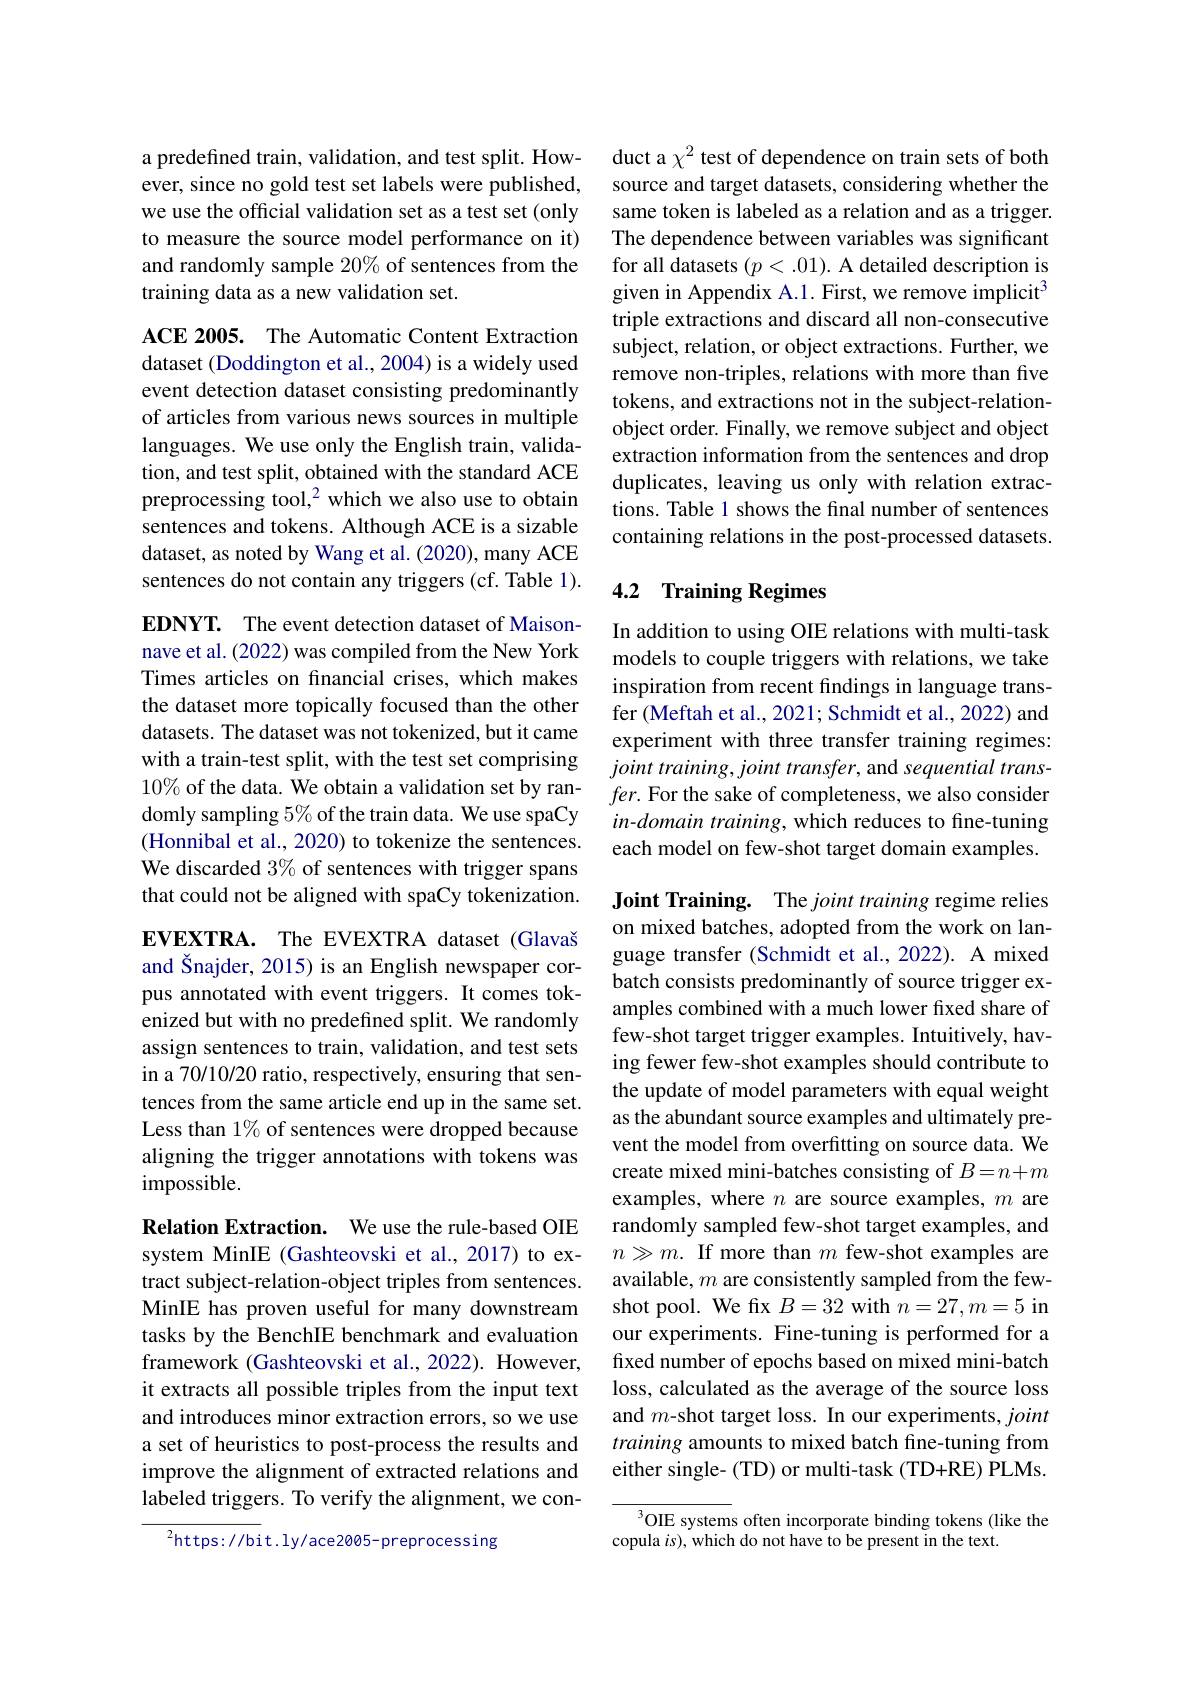
a predefined train, validation, and test split. However, since no gold test set labels were published, we use the official validation set as a test set (only to measure the source model performance on it) and randomly sample 20% of sentences from the training data as a new validation set.

ACE 2005. The Automatic Content Extraction dataset (Doddington et al., 2004) is a widely used event detection dataset consisting predominantly of articles from various news sources in multiple languages. We use only the English train, validation, and test split, obtained with the standard ACE preprocessing tool,$^2$ which we also use to obtain sentences and tokens. Although ACE is a sizable dataset, as noted by Wang et al. (2020), many ACE sentences do not contain any triggers (cf. Table 1).

EDNYT. The event detection dataset of Maisonnave et al. (2022) was compiled from the New York Times articles on financial crises, which makes the dataset more topically focused than the other datasets. The dataset was not tokenized, but it came with a train-test split, with the test set comprising $10\%$ of the data. We obtain a validation set by randomly sampling $5\%$ of the train data. We use spaCy (Honnibal et al., 2020) to tokenize the sentences. We discarded $3\%$ of sentences with trigger spans that could not be aligned with spaCy tokenization. EVEXTRA. The EVEXTRA dataset (Glavaš and Šnajder, 2015) is an English newspaper corpus annotated with event triggers. It comes tokenized but with no predefined split. We randomly assign sentences to train, validation, and test sets in a 70/10/20 ratio, respectively, ensuring that sentences from the same article end up in the same set. Less than 1% of sentences were dropped because aligning the trigger annotations with tokens was

impossible.

Relation Extraction. We use the rule-based OIE system MinIE (Gashteovski et al.,2017) to extract subject-relation-object triples from sentences. MinIE has proven useful for many downstream tasks by the BenchIE benchmark and evaluation framework (Gashteovski et al., 2022). However, it extracts all possible triples from the input text and introduces minor extraction errors, so we use a set of heuristics to post-process the results and improve the alignment of extracted relations and labeled triggers. To verify the alignment, we con-

$^{2}$https://bit.ly/ace2005-preprocessing

duct a $\chi^2$ test of dependence on train sets of both source and target datasets, considering whether the same token is labeled as a relation and as a trigger. The dependence between variables was significant for all datasets $(p<.01).$ A detailed description is given in Appendix A.1. First, we remove implicit$^{3}$ triple extractions and discard all non-consecutive subject, relation, or object extractions. Further, we remove non-triples, relations with more than five tokens, and extractions not in the subject-relationobject order. Finally, we remove subject and object extraction information from the sentences and drop duplicates, leaving us only with relation extractions. Table 1 shows the final number of sentences containing relations in the post-processed datasets.

## 4.2 Training Regimes

In addition to using OIE relations with multi-task models to couple triggers with relations, we take inspiration from recent findings in language transfer (Meftah et al., 2021; Schmidt et al., 2022) and experiment with three transfer training regimes: joint training, joint transfer, and sequential trans- $fer.$ For the sake of completeness, we also consider in-domain training, which reduces to fine-tuning each model on few-shot target domain examples.

Joint Training. The joint training regime relies on mixed batches, adopted from the work on language transfer (Schmidt et al.,2022). A mixed batch consists predominantly of source trigger examples combined with a much lower fixed share of few-shot target trigger examples. Intuitively, having fewer few-shot examples should contribute to the update of model parameters with equal weight as the abundant source examples and ultimately prevent the model from overfitting on source data. We create mixed mini-batches consisting of $B=n+m$ examples, where $n$ are source examples, $m$ are randomly sampled few-shot target examples, and $n\gg m.$ If more than $m$ few-shot examples are available, $m$ are consistently sampled from the fewshot pool. We fix $B=32$ with $n=27,m=5$ in our experiments. Fine-tuning is performed for a fixed number of epochs based on mixed mini-batch loss, calculated as the average of the source loss and $m$-shot target loss. In our experiments, joint training amounts to mixed batch fine-tuning from either single- (TD) or multi-task (TD+RE) PLMs.

$^3$OIE systems often incorporate binding tokens (like the
copula $is)$,which do not have to be present in the text.